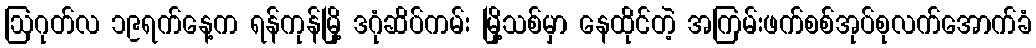
ဩဂုတ်လ ၁၉ရက်နေ့က ရန်ကုန်မြို့ ဒဂုံဆိပ်ကမ်း မြို့သစ်မှာ နေထိုင်တဲ့ အကြမ်းဖက်စစ်အုပ်စုလက်အောက်ခံ